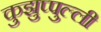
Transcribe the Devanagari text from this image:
कुझुप्पुल्ली